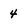
Character: 4